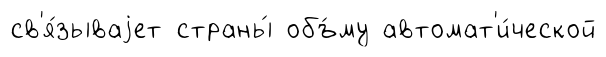
св'я́зываjет страны́ объ́му автомат'и́ческой